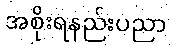
အစိုးရနည်းပညာ